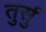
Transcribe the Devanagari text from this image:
तुर्सु